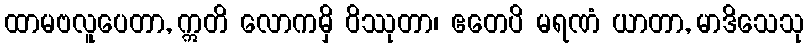
ထာမဗလူပေတာ, ဣတိ လောကမှိ ဝိဿုတာ၊ ဧတေပိ မရဏံ ယာတာ, မာဒိသေသု